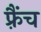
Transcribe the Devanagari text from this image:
फ़्रैंच